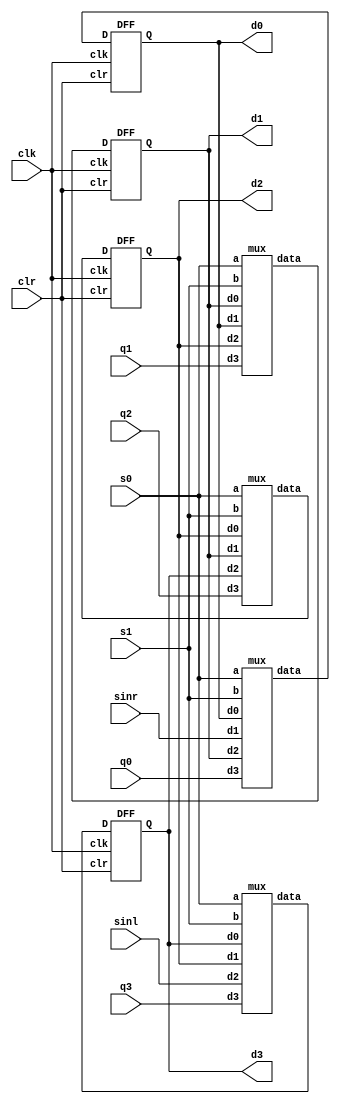
module UniversalShiftReg(
    input clk,
    input clr,
    input s0,
    input s1,
    input q0,
    input q1,
    input q2,
    input q3,
    input sinr,
    input sinl,
    output d0,
    output d1,
    output d2,
    output d3
    );
    wire out0,out1,out2,out3;
    
    mux a1(s0,s1,d0,sinr,d1,q0,out0);
    mux a2(s0,s1,d1,d0,d2,q1,out1);
    mux a3(s0,s1,d2,d1,d3,q2,out2);
    mux a4(s0,s1,d3,d2,sinl,q3,out3);
    DFF f1(out0,clk,clr,d0);
    DFF f2(out1,clk,clr,d1);
    DFF f3(out2,clk,clr,d2);
    DFF f4(out3,clk,clr,d3);
    
endmodule
module DFF(
    input D,
    input clk,
    input clr,
    output reg Q
    );
   initial Q=0;
   always@(posedge clk or posedge clr) begin
       if (clr==1)
           begin
           Q=0;
           end
       else if (clr==0)
           begin
           case(D)
                    1'b0:Q=0;
                    1'b1:Q=1;
           endcase
       end   
   end 
endmodule
    
module mux(
        input a,
        input b,
        input d0,
        input d1,
        input d2,
        input d3,
        output reg data
        );
        always@(*)
        begin
            if (a==0&&b==0)
                begin
                    data=d0;
                end
            else if (a==0&&b==1)
                begin
                    data=d1;
                end
            else if (a==1&&b==0)
                begin
                    data=d2;
                end
            else if (a==1&&b==1)
                begin
                    data=d3;
                end
        end
endmodule